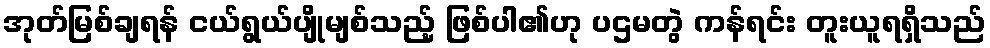
အုတ်မြစ်ချရန် ငယ်ရွယ်ပျိုမျစ်သည့် ဖြစ်ပါ၏ဟု ပဌမတွဲ ကန်ရင်း တူးယူရရှိသည်